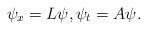
LaTeX: \begin{align*} \psi_x = L\psi, \psi_t = A\psi. \end{align*}